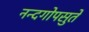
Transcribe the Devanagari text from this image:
नन्दगोपसुते